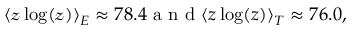
\begin{array} { r } { \langle \mathscr { z } \log ( \mathscr { z } ) \rangle _ { E } \approx 7 8 . 4 \mathrm { ~ a ~ n ~ d ~ } \langle z \log ( z ) \rangle _ { T } \approx 7 6 . 0 , } \end{array}